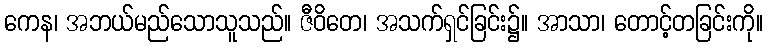
ကေန၊ အဘယ်မည်သောသူသည်။ ဇီဝိတေ၊ အသက်ရှင်ခြင်း၌။ အာသာ၊ တောင့်တခြင်းကို။